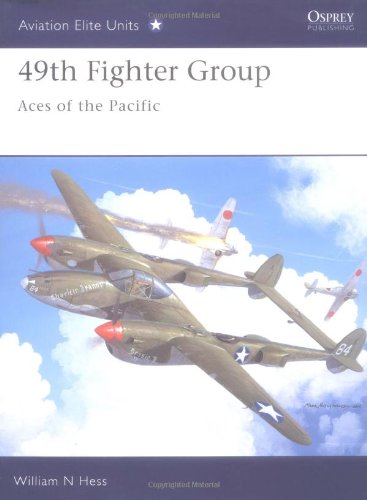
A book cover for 49th Fighter Group: Aces of the Pacific (Aviation Elite Units); William Hess; History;